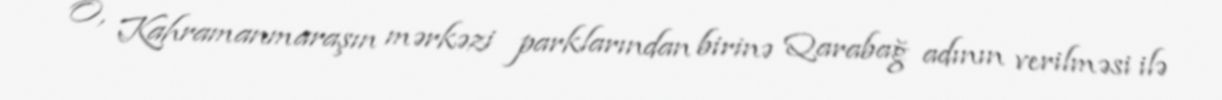
O, Kahramanmaraşın mərkəzi parklarından birinə Qarabağ adının verilməsi ilə